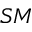
S M